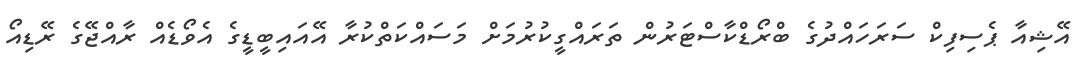
އޭޝިއާ ޕެސިފިކް ސަރަހައްދުގެ ބްރޯޑްކާސްޓަރުން ތަރައްގީކުރުމަށް މަސައްކަތްކުރާ އޭއައިބީޑީގެ އެވޯޑެއް ރާއްޖޭގެ ރޭޑިއޯ